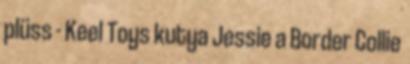
plüss - Keel Toys kutya Jessie a Border Collie